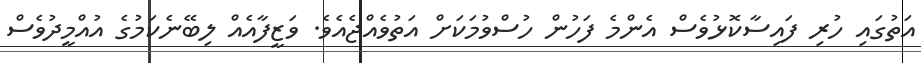
އަތުގައި ހުރި ފައިސާކޮޅުވެސް އެންމެ ފަހުން ހުސްވުމަކަށް އަތުވެއްޖެއެވެ. ވަޒީފާއެއް ލިބޭނެކަމުގެ އުއްމީދުވެސް